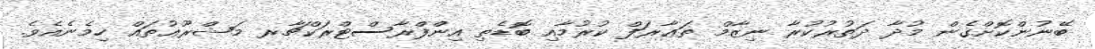
ބޭނުންކޮށްގެން މުދާ ދަތުރުކުރާ ނިޒާމް ތަޢާރަފް ކުރުމާއި ބޮޑެތި އިންފްރާސްޓްރަކްޗާރ މަޝްރޫޢުތައް ހިމެނެއެވެ.